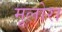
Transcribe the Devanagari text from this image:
मूलोरा